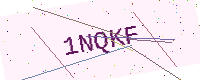
Text: 1NQKF